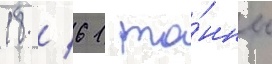
18 / 61 то́нны